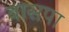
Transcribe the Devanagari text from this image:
बासपा